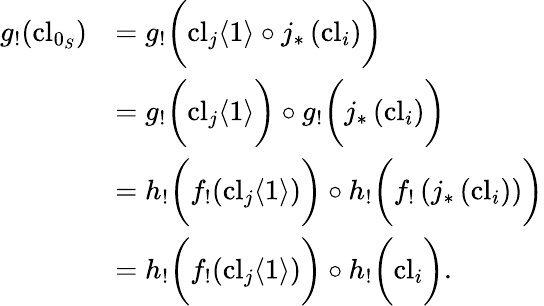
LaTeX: \begin{array}{rl}{g_{!}(\mathrm{cl}_{0_{S}})}&{=g_{!}\bigg(\mathrm{cl}_{j}\langle 1\rangle\circ j_{*}\left(\mathrm{cl}_{i}\right)\bigg)}\\ &{=g_{!}\bigg(\mathrm{cl}_{j}\langle 1\rangle\bigg)\circ g_{!}\bigg(j_{*}\left(\mathrm{cl}_{i}\right)\bigg)}\\ &{=h_{!}\bigg(f_{!}(\mathrm{cl}_{j}\langle 1\rangle)\bigg)\circ h_{!}\bigg(f_{!}\left(j_{*}\left(\mathrm{cl}_{i}\right)\right)\bigg)}\\ &{=h_{!}\bigg(f_{!}(\mathrm{cl}_{j}\langle 1\rangle)\bigg)\circ h_{!}\bigg(\mathrm{cl}_{i}\bigg).}\end{array}